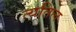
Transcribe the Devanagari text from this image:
त्यतिल